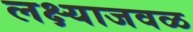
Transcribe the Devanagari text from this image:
लक्ष्याजवळ